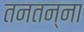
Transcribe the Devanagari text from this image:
तनतन्ना